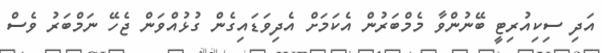
އަދި ސިކިއުރިޓީ ބޭނުންވާ މެމްބަރުން އެކަމަށް އެދިވަޑައިގެން ގުޅުއްވަން ޖެހޭ ނަމްބަރު ވެސް